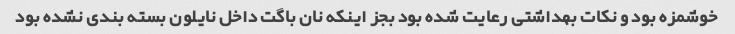
خوشمزه بود و نکات بهداشتی رعایت شده بود بجز اینکه نان باگت داخل نایلون بسته بندی نشده بود